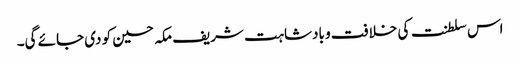
اس سلطنت کی خلافت و بادشاہت شریف مکہ حسین کو دی جائے گی۔